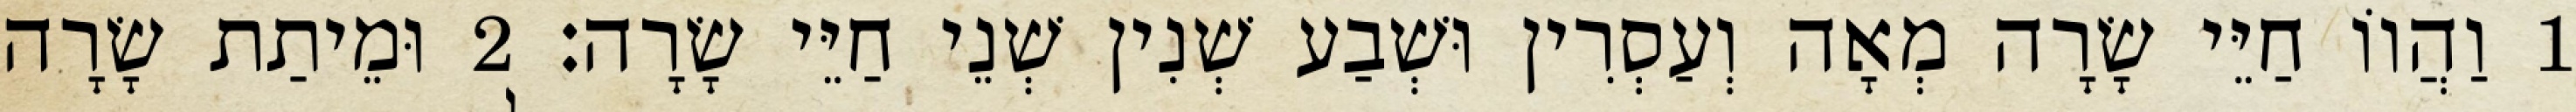
1 וַהֲווֹ חַיֵּי שָׂרָה מְאָה וְעַסְרִין וּשְׁבַע שְׁנִין שְׁנֵי חַיֵּי שָׂרָה׃ 2 וּמֵיתַת שָׂרָה